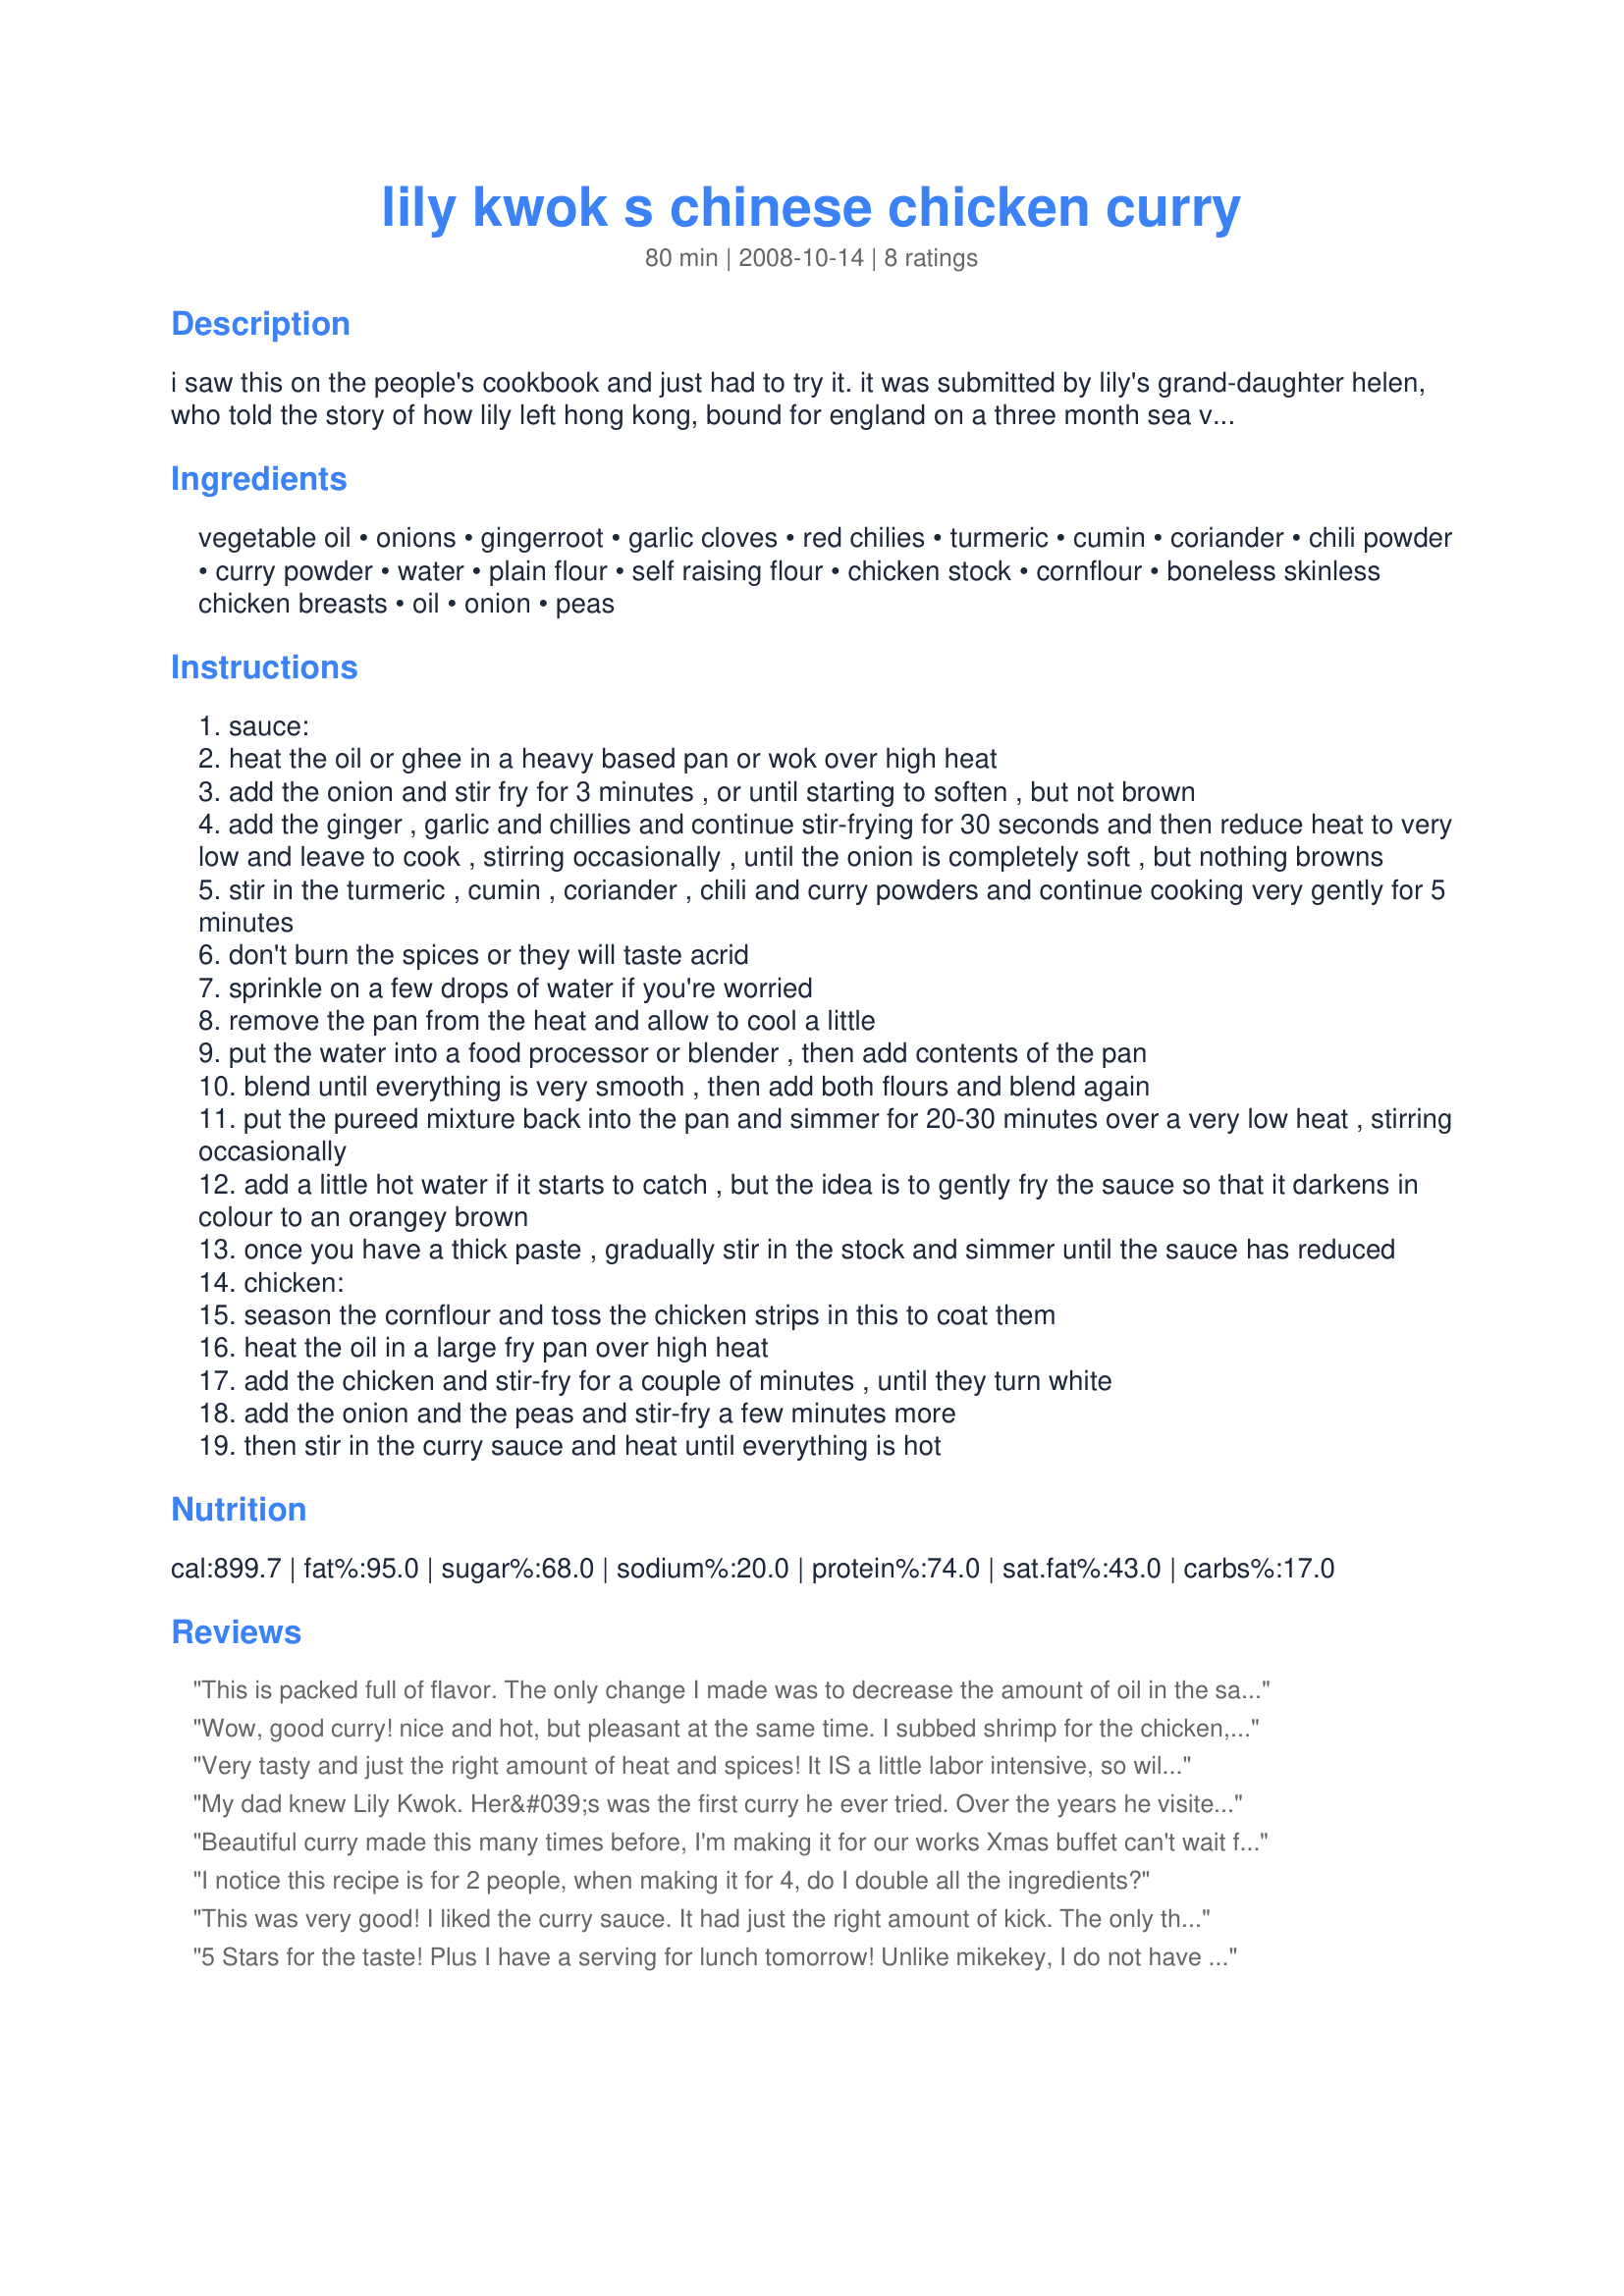
lily kwok s chinese chicken curry
Preparation time: 80 minutes

i saw this on the people's cookbook and just had to try it. it was submitted by lily's grand-daughter helen, who told the story of how lily left hong kong, bound for england on a three month sea voyage. at every port lily would collect spices and experiment with them. when she arrived in england, she perfected this curry and made it for friends and neighbours, later opening a restaurant based on this dishes popularity.lily is still alive and still cooking curry for friends and neighbours.
this dish beat the opposition and won it's way into the peoples cookbook. it's a great curry with big, bold flavours, worth every bit of effort that goes into it. just remember lily when you eat it.

Ingredients:
vegetable oil, onions, gingerroot, garlic cloves, red chilies, turmeric, cumin, coriander, chili powder, curry powder, water, plain flour, self raising flour, chicken stock, cornflour, boneless skinless chicken breasts, oil, onion, peas

Steps:
sauce:
heat the oil or ghee in a heavy based pan or wok over high heat
add the onion and stir fry for 3 minutes , or until starting to soften , but not brown
add the ginger , garlic and chillies and continue stir-frying for 30 seconds and then reduce heat to very low and leave to cook , stirring occasionally , until the onion is completely soft , but nothing browns
stir in the turmeric , cumin , coriander , chili and curry powders and continue cooking very gently for 5 minutes
don't burn the spices or they will taste acrid
sprinkle on a few drops of water if you're worried
remove the pan from the heat and allow to cool a little
put the water into a food processor or blender , then add contents of the pan
blend until everything is very smooth , then add both flours and blend again
put the pureed mixture back into the pan and simmer for 20-30 minutes over a very low heat , stirring occasionally
add a little hot water if it starts to catch , but the idea is to gently fry the sauce so that it darkens in colour to an orangey brown
once you have a thick paste , gradually stir in the stock and simmer until the sauce has reduced
chicken:
season the cornflour and toss the chicken strips in this to coat them
heat the oil in a large fry pan over high heat
add the chicken and stir-fry for a couple of minutes , until they turn white
add the onion and the peas and stir-fry a few minutes more
then stir in the curry sauce and heat until everything is hot

Reviews:
This is packed full of flavor. The only change I made was to decrease the amount of oil in the sauce. I used only 3 tbls. It could still be decreased to 1 1/2 tbls. I did notice that the chili powder is 1/2 Tablespoon and not 1/2 teaspoon. I think poo235 may have thought that. This was time consuming but well worth it. Thanks for posting. :)
Wow, good curry! nice and hot, but pleasant at the same time. I subbed shrimp for the chicken, the sauce is maybe a little hot for shrimp, but I didn't want to have chicken! I added the shrimp and the peas to the sauce, once it had reduced and was nearly ready, and let them cook in the sauce for about ten minutes or so, until the shrimp were done.
I also used less oil, I didn't measure it, just used what I needed, certainly not 6 tblspns, quite a bit less.
I found the spices cooked well, I just kept an eye on them. Smooth thick rich curry, smells fabulous, tastes wonderful, served over steamed rice, with green beans on the side.
Thanks Noo, wonderful recipe!
Very tasty and just the right amount of heat and spices! It IS a little labor intensive, so will make it for special occasions. I think it would be good with shrimp, as a previous reviewer made it, so will give that a try, too!
My dad knew Lily Kwok. Her&#039;s was the first curry he ever tried. Over the years he visited their takeaway in Middleton, Manchester every Friday with his dad, my older brother and then me. My dad asked her daughter Mabel for the recipe many times. Instead, she always gave him extra portions of the sauce for free! It may take a while to make but it is completely worth it. When I make it, it brings back happy memories of my dad.
Beautiful curry made this many times before, I'm making it for our works Xmas buffet can't wait for them al to try it. It's a masterpiece.
I notice this recipe is for 2 people, when making it for 4, do I double all the ingredients?
This was very good! I liked the curry sauce. It had just the right amount of kick. The only thing that I will change next time is to use a little more chili powder, maybe increase the quantity to 1 tsp. I also liked the peas and onions being added later with the chicken. Thanks Noo!
5 Stars for the taste! Plus I have a serving for lunch tomorrow! Unlike mikekey, I do not have "labor intensive" issues...I looked at the time allotted and knew I'd be busy a while. However, the cooking times seemed to exceed what was specified. So be prepared to spend at least 2 to 3 hours on this dish, not 1 1/2. I couldn't get my sauce to brown in the time allotted, and exceeded that timeframe. The flavor of this dish is wonderful! But I think you should be prepared for a longer time in preparation and cooking! Thanks for sharing this delicious recipe.
